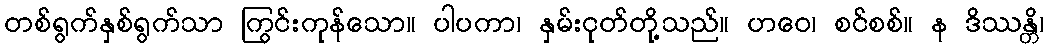
တစ်ရွက်နှစ်ရွက်သာ ကြွင်းကုန်သော။ ပါပကာ၊ နှမ်းငုတ်တို့သည်။ ဟဝေ၊ စင်စစ်။ န ဒိဿန္တိ၊